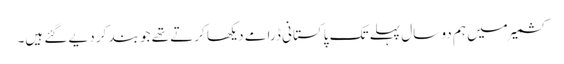
کشمیر میں ہم دو سال پہلے تک پاکستانی ڈرامے دیکھا کرتے تھے جو بند کر دیے گئے ہیں۔